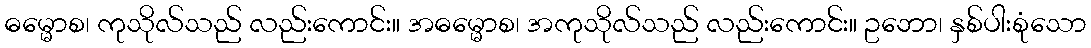
ဓမ္မောစ၊ ကုသိုလ်သည် လည်းကောင်း။ အဓမ္မောစ၊ အကုသိုလ်သည် လည်းကောင်း။ ဥဘော၊ နှစ်ပါးစုံသော